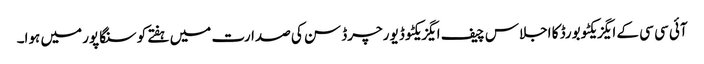
آئی سی سی کے ایگزیکٹو بورڈ کا اجلاس چیف ایگزیکٹو ڈیو رچرڈ سن کی صدارت میں ہفتے کو سنگاپور میں ہوا۔